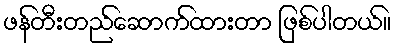
ဖန်တီးတည်ဆောက်ထားတာ ဖြစ်ပါတယ်။